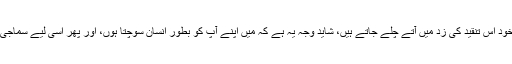
لیکن میں ہوں کہ خود اپنے آپ پر اٹکا ہوں، خود پر بات کرتا ہوں تو دوسرے افراد خود بخود اس تنقید کی زد میں آتے چلے جاتے ہیں، شاید وجہ یہ ہے کہ میں اپنے آپ کو بطور انسان سوچتا ہوں، اور پھر اسی لیے سماجی جانور ہونے کے ناطے اپنی ذات کو دوسرے انسانوں سے جوڑنے کی کوشش کرتا ہوں۔